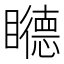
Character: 𥌩